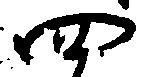
四